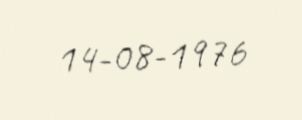
14-08-1976